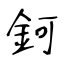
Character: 鈳